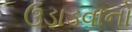
ઉડાડવાનો